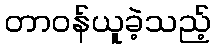
တာဝန်ယူခဲ့သည့်